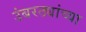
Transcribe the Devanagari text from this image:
उंबरठ्यांच्या